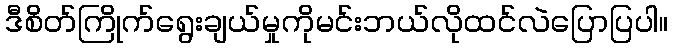
ဒီစိတ်ကြိုက်ရွေးချယ်မှုကိုမင်းဘယ်လိုထင်လဲပြောပြပါ။